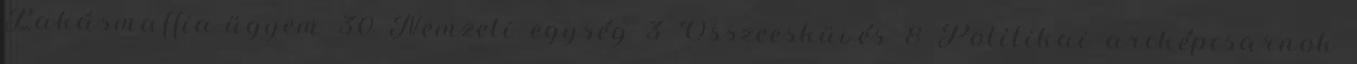
Lakásmaffia-ügyem 30 Nemzeti egység 3 Összeesküvés 8 Politikai arcképcsarnok